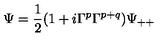
\Psi = { \frac { 1 } { 2 } } ( 1 + i \Gamma ^ { p } \Gamma ^ { p + q } ) \Psi _ { + + }